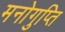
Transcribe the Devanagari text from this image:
मनोगुप्ति